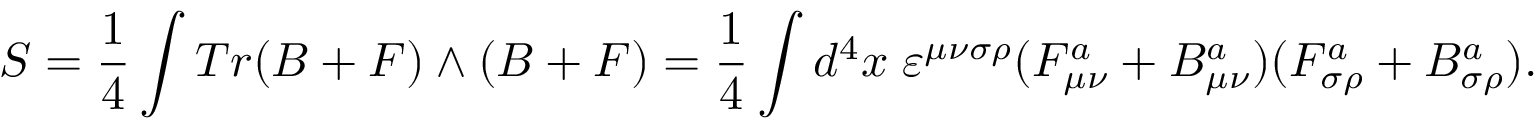
S = { \frac { 1 } { 4 } } \int T r ( B + F ) \wedge ( B + F ) = { \frac { 1 } { 4 } } \int d ^ { 4 } x \; \varepsilon ^ { \mu \nu \sigma \rho } ( F _ { \mu \nu } ^ { a } + B _ { \mu \nu } ^ { a } ) ( F _ { \sigma \rho } ^ { a } + B _ { \sigma \rho } ^ { a } ) .